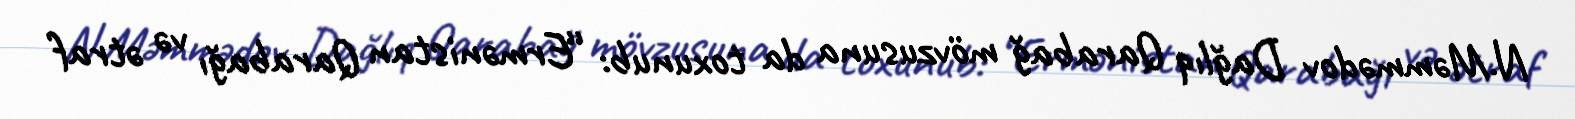
N.Məmmədov Dağlıq Qarabağ mövzusuna da toxunub: “Ermənistan Qarabağı və ətraf